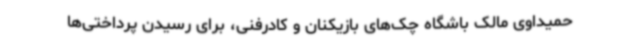
حمیداوی مالک باشگاه چک‌های بازیکنان و کادرفنی، برای رسیدن پرداختی‌ها